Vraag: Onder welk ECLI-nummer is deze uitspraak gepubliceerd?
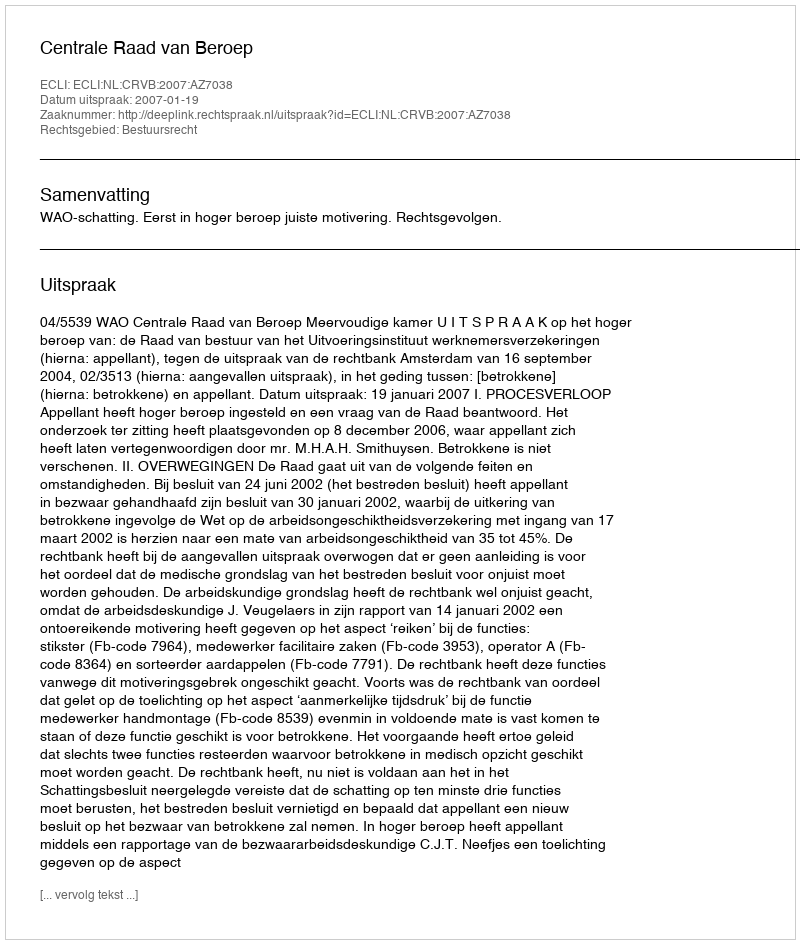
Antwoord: ECLI:NL:CRVB:2007:AZ7038